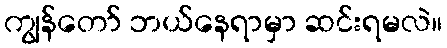
ကျွန်တော် ဘယ်နေရာမှာ ဆင်းရမလဲ။